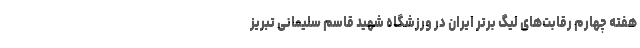
هفته چهارم رقابت‌های لیگ برتر ایران در ورزشگاه شهید قاسم سلیمانی تبریز